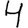
Digit: 4